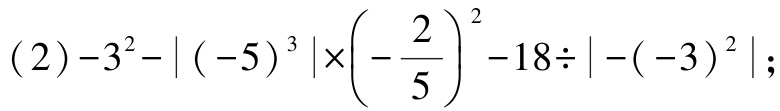
\((2)-3^{2}-\vert (-5)^{3}\vert\times\left(-\dfrac{2}{5}\right)^{2}-18\div\vert -(-3)^{2}\vert;\)